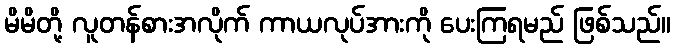
မိမိတို့ လူတန်စားအလိုက် ကာယလုပ်အားကို ပေးကြရမည် ဖြစ်သည်။